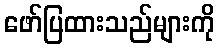
ဖော်ပြထားသည်များကို